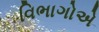
વિભાગોએ